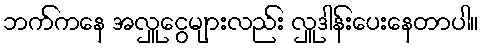
ဘက်ကနေ အလှူငွေများလည်း လှူဒါန်းပေးနေတာပါ။